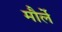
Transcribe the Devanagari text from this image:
मौर्ले